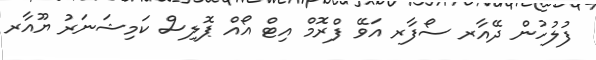
ފުލުހުން ދޭއާރ ސޯފާރ އަވޭ ފްރޮމް އިޓް އޯއް ޕޮލިސް ކަމިޝަނަރު ޔޫއާރ